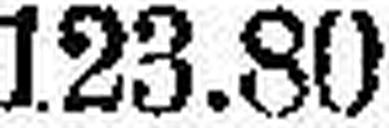
123.80